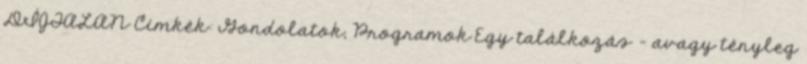
DÍJTALAN Címkék: Gondolatok, Programok Egy találkozás - avagy tényleg